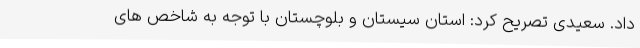
داد. سعیدی تصریح کرد: استان سیستان و بلوچستان با توجه به شاخص های